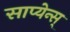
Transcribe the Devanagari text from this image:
साप्येन्स्